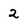
Character: 2